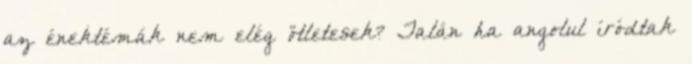
az énektémák nem elég ötletesek? Talán ha angolul íródtak